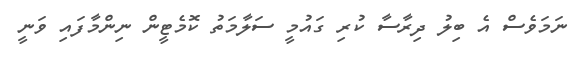
ނަމަވެސް އެ ބިލު ދިރާސާ ކުރި ގައުމީ ސަލާމަތު ކޮމެޓީން ނިންމާފައި ވަނީ